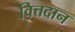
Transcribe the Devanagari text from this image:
वित्तदान